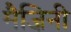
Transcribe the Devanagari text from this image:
मैज़िनी